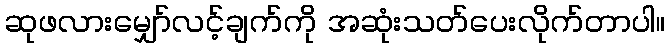
ဆုဖလားမျှော်လင့်ချက်ကို အဆုံးသတ်ပေးလိုက်တာပါ။